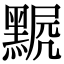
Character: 𪑣